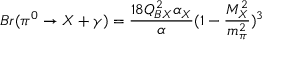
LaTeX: B r ( \pi ^ { 0 } \rightarrow X + \gamma ) = \frac { 1 8 Q _ { B X } ^ { 2 } \alpha _ { X } } { \alpha } ( 1 - \frac { M _ { X } ^ { 2 } } { m _ { \pi } ^ { 2 } } ) ^ { 3 }